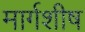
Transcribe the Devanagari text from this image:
मार्गशीष